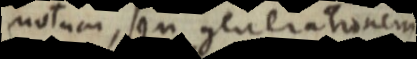
motum, seu generationem